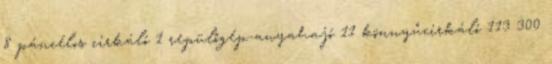
8 páncélos cirkáló 1 repülőgép-anyahajó 11 könnyűcirkáló 113 300